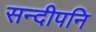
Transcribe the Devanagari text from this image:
सन्दीपनि